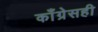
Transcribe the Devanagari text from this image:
काँग्रेसही